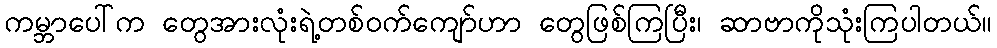
ကမ္ဘာပေါ်က တွေအားလုံးရဲ့တစ်ဝက်ကျော်ဟာ တွေဖြစ်ကြပြီး၊ ဆာဗာကိုသုံးကြပါတယ်။